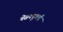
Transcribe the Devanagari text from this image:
चेसक्यूबची